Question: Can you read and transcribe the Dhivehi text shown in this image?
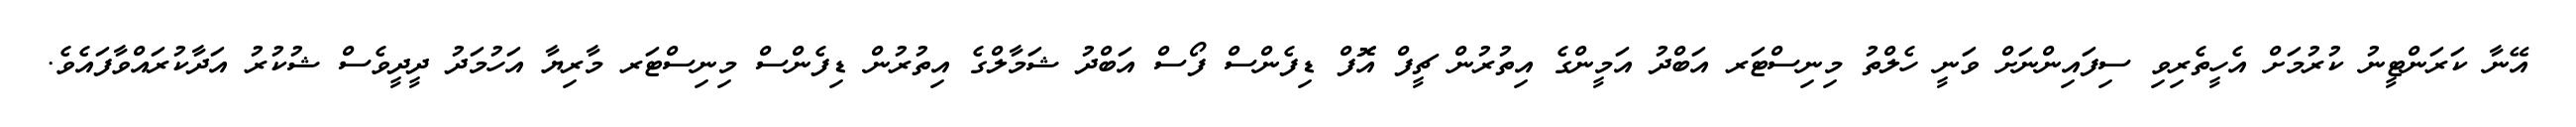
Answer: އޭނާ ކަރަންޓީނު ކުރުމަށް އެހީތެރިވި ސިފައިންނަށް ވަނީ ހެލްތު މިނިސްޓަރ އަބްދު އަމީންގެ އިތުރުން ޗީފް އޮޮފް ޑިފެންސް ފޯސް އަބްދު ޝަމާލްގެ އިތުރުން ޑިފެންސް މިނިސްޓަރ މާރިޔާ އަހުމަދު ދީދީވެސް ޝުކުރު އަދާކުރައްވާފައެވެ.